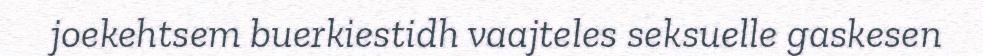
joekehtsem buerkiestidh vaajteles seksuelle gaskesen